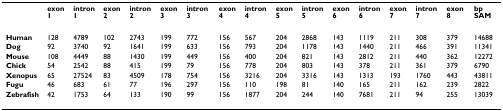
<table><thead><tr><td></td><td><b>exon 1</b></td><td><b>intron 1</b></td><td><b>exon 2</b></td><td><b>intron 2</b></td><td><b>exon 3</b></td><td><b>intron 3</b></td><td><b>exon 4</b></td><td><b>intron 4</b></td><td><b>exon 5</b></td><td><b>intron 5</b></td><td><b>exon 6</b></td><td><b>intron 6</b></td><td><b>exon 7</b></td><td><b>intron 7</b></td><td><b>exon 8</b></td><td><b>bp SAM</b></td></tr></thead><tbody><tr><td><b>Human</b></td><td>128</td><td>4789</td><td>102</td><td>2743</td><td>199</td><td>772</td><td>156</td><td>567</td><td>204</td><td>2868</td><td>143</td><td>1119</td><td>211</td><td>308</td><td>379</td><td>14688</td></tr><tr><td><b>Dog</b></td><td>92</td><td>3740</td><td>92</td><td>1641</td><td>199</td><td>633</td><td>156</td><td>793</td><td>204</td><td>1178</td><td>143</td><td>1440</td><td>211</td><td>466</td><td>391</td><td>11341</td></tr><tr><td><b>Mouse</b></td><td>108</td><td>4449</td><td>88</td><td>1430</td><td>199</td><td>449</td><td>156</td><td>400</td><td>204</td><td>821</td><td>143</td><td>2812</td><td>211</td><td>440</td><td>362</td><td>12272</td></tr><tr><td><b>Chick</b></td><td>54</td><td>2542</td><td>88</td><td>415</td><td>199</td><td>79</td><td>156</td><td>778</td><td>204</td><td>803</td><td>143</td><td>378</td><td>211</td><td>361</td><td>379</td><td>6790</td></tr><tr><td><b>Xenopus</b></td><td>65</td><td>27524</td><td>83</td><td>4509</td><td>178</td><td>754</td><td>156</td><td>3216</td><td>204</td><td>3316</td><td>143</td><td>1313</td><td>193</td><td>1760</td><td>443</td><td>43811</td></tr><tr><td><b>Fugu</b></td><td>46</td><td>683</td><td>61</td><td>77</td><td>196</td><td>297</td><td>156</td><td>110</td><td>198</td><td>81</td><td>140</td><td>165</td><td>211</td><td>162</td><td>239</td><td>2822</td></tr><tr><td><b>Zebrafish</b></td><td>42</td><td>1753</td><td>64</td><td>133</td><td>190</td><td>99</td><td>156</td><td>1877</td><td>204</td><td>244</td><td>140</td><td>7681</td><td>211</td><td>94</td><td>255</td><td>13039</td></tr></tbody></table>